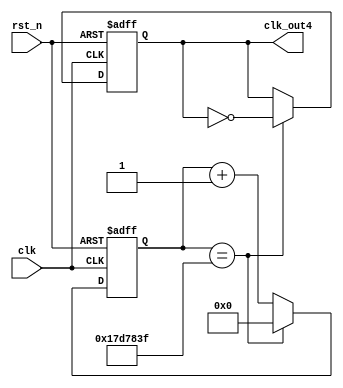
`timescale 1ns / 1ps
//////////////////////////////////////////////////////////////////////////////////
// Company: 
// Engineer: 
// 
// Design Name: 
// Module Name: fre_divider4
// Project Name: 
// Target Devices: 
// Tool Versions: 
// Description: 
// 
// Dependencies: 
// 
// Revision:
// Revision 0.01 - File Created
// Additional Comments:
// 
//////////////////////////////////////////////////////////////////////////////////


module fre_divider4(clk, rst_n, clk_out4);
    
input clk;
input rst_n;
output clk_out4;

reg clk_out4;
reg [25:0] counter;

always@(posedge clk or negedge rst_n)
    begin
        if(~rst_n) begin
            counter <= 26'd0;
            clk_out4 <= 1'b0;
        end
        else begin 
            counter <= counter + 26'd1;
            if(counter == 26'd25000000 - 26'd1) begin
                clk_out4 <= ~clk_out4;
                counter <= 26'd0;
            end
        end
    end
    
    
endmodule